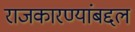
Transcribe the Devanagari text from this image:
राजकारण्यांबद्दल